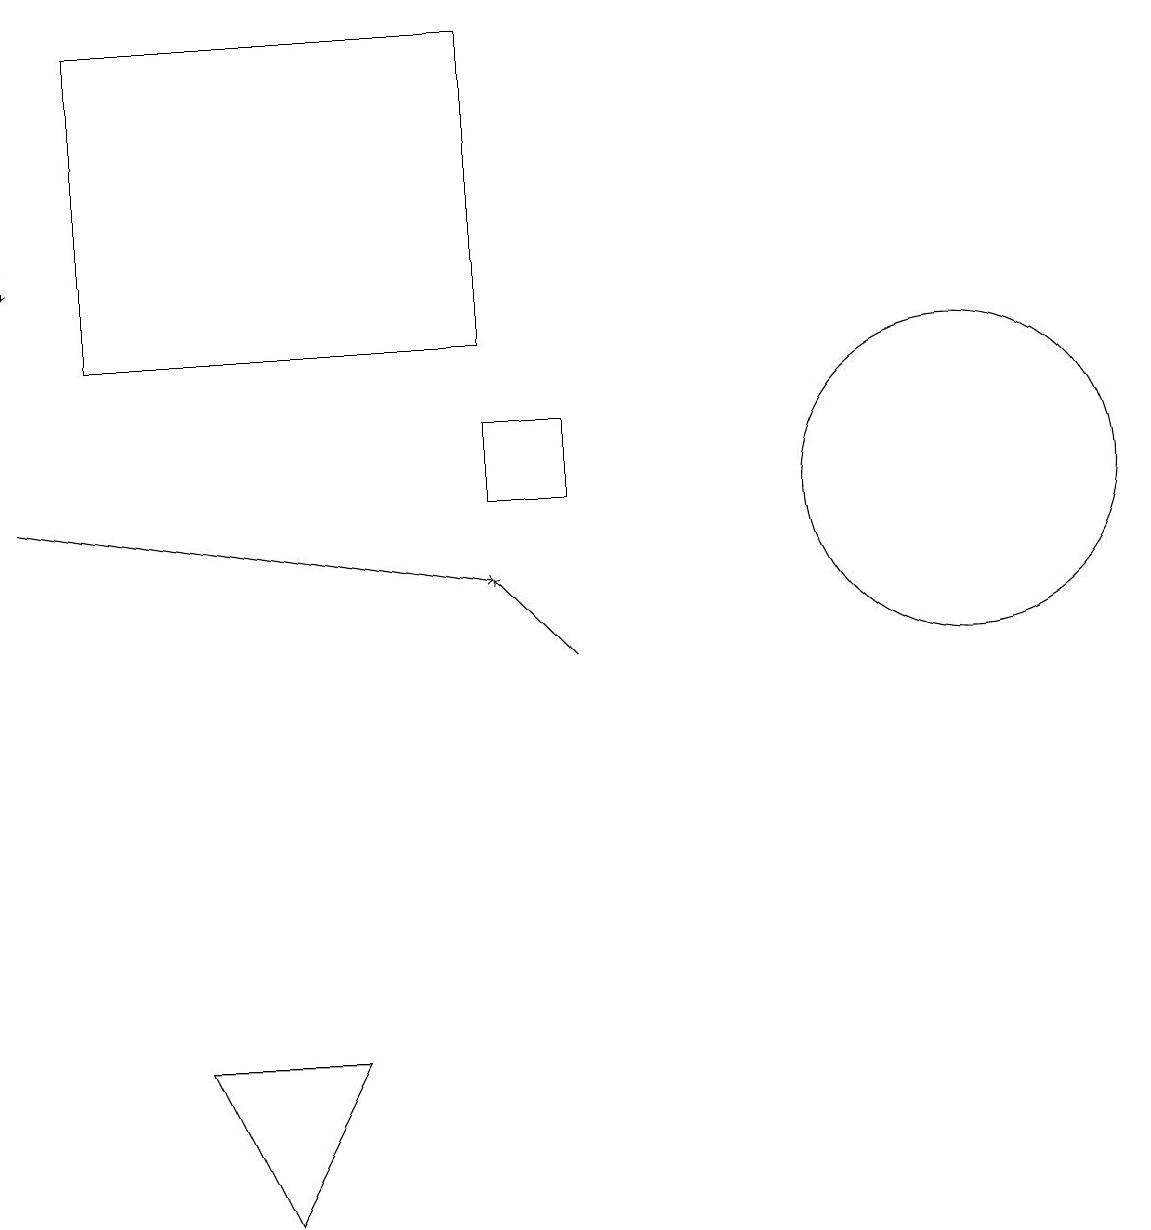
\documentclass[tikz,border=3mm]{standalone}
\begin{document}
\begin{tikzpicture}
\draw[->] (7,10) -- (6,11);
\draw (12,12) circle (2);
\draw[->] (0,12) -- (6,11);
\draw[->] (0,16) -- (0,15);
\draw (7,13) rectangle (6,12);
\draw (1,18) rectangle (6,14);
\draw (2,5) -- (3,3) -- (4,5) -- cycle;
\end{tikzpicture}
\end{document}